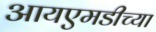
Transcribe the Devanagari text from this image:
आयएमडीच्या